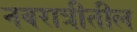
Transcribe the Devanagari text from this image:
नवरात्रीतील